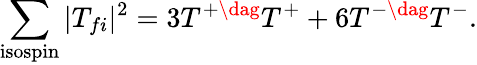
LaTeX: \sum_{\mathrm{isospin}}|T_{fi}|^{2}=3T^{+\dag}T^{+}+6T^{-\dag}T^{-}.